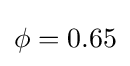
\mathrm {\phi } =0.65\,\!